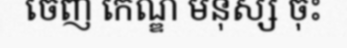
ចេញ កេណ្ឌ មនុស្ស ចុះ